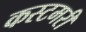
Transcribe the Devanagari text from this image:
कस्टमरी